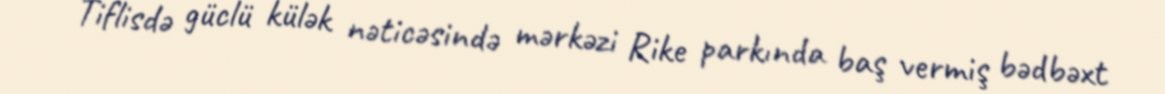
Tiflisdə güclü külək nəticəsində mərkəzi Rike parkında baş vermiş bədbəxt